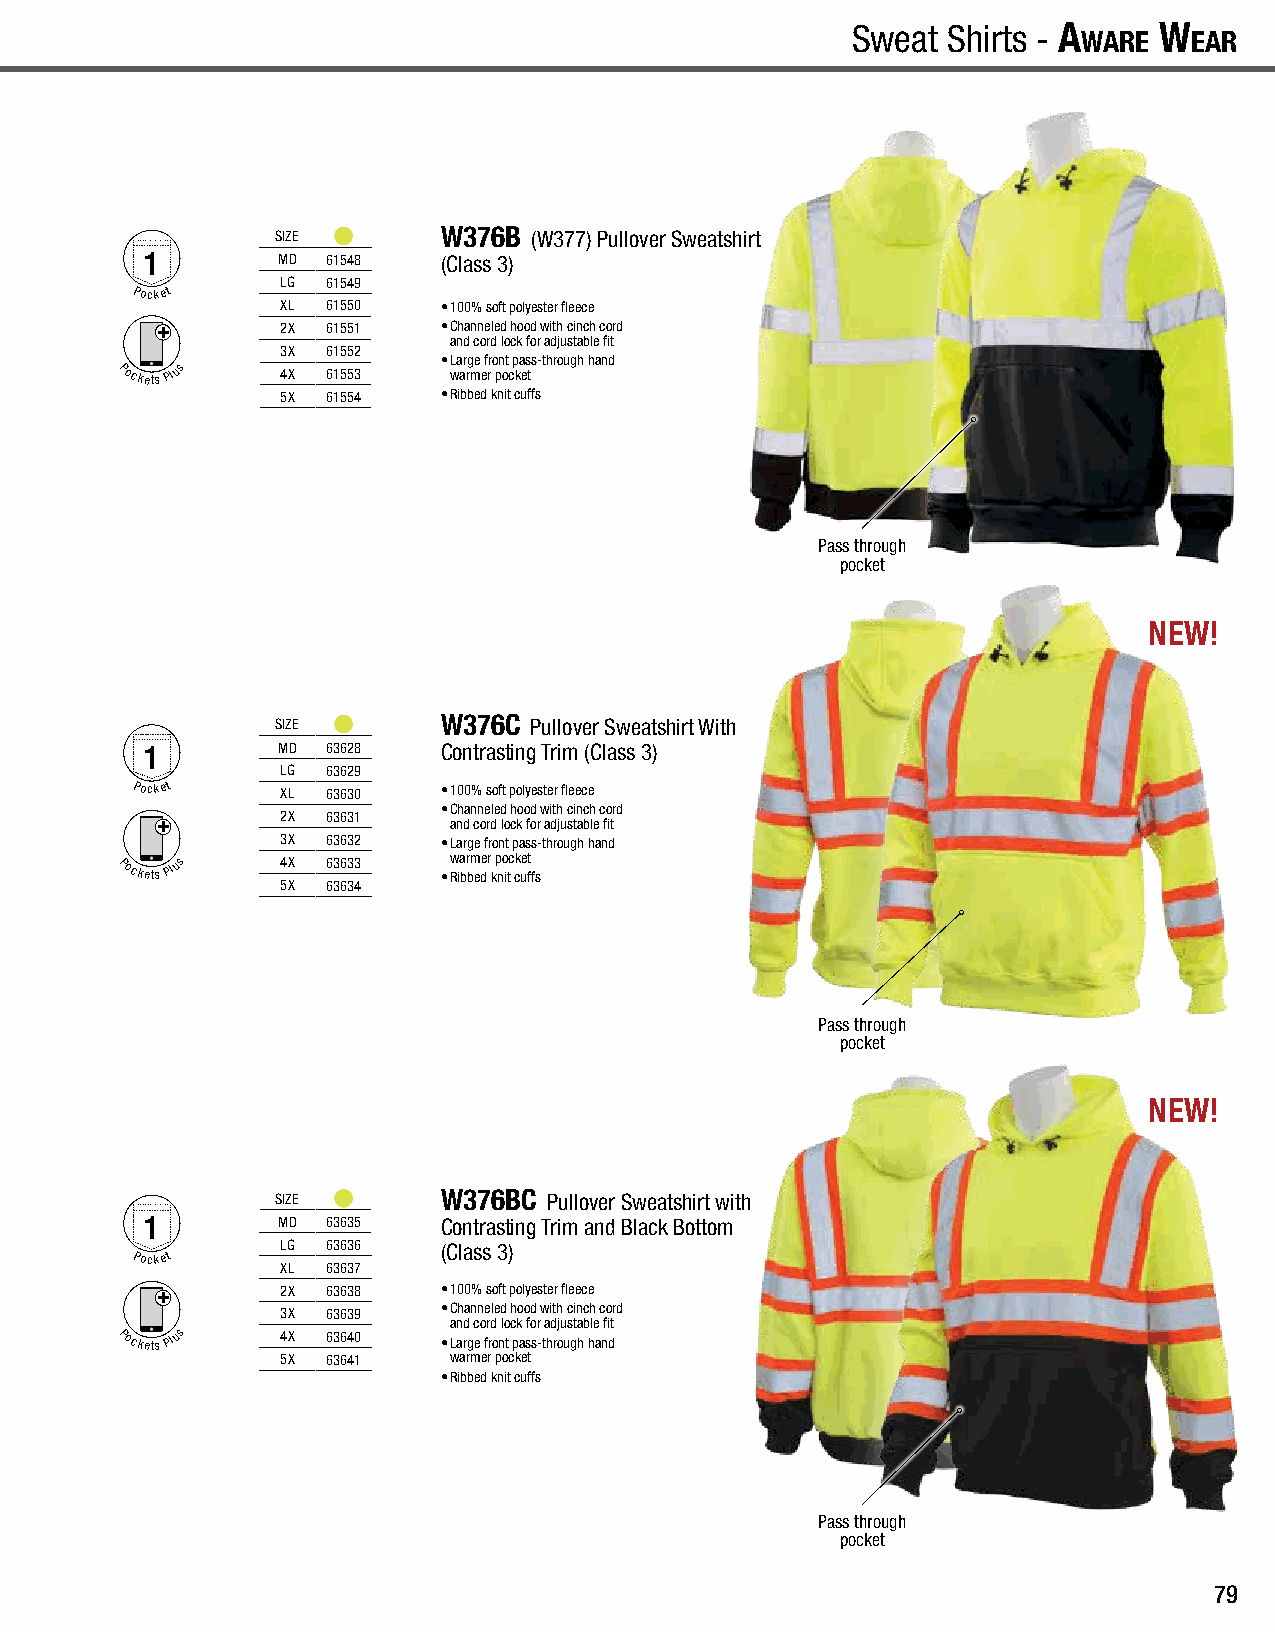
A
 wAre
 w
 eAr
 - Sweat Shirts A
 wAre
 w
 eAr
 - Cold Weather Wear | Sweat Shirts Sweat Shirts | Cold Weather Wear - A
 wAre
 w eAS rweat Shirts - A
 wAre
 w
 eAr
 SIZE       W376B (W377) Pullover Sweatshirt
 1        MD  61548  (Class 3)
 LG 61549
 Pocket
 XL 61550  • 100% soft polyester fleece
 2X 61551  • Channeled hood with cinch cord
 and cord lock for adjustable fit
 3X 61552
 • Large front pass-through hand
 Pockets Plus 4X 61553 warmer pocket
 5X 61554  • Ribbed knit cuffs
 Pass through
 pocket
 NEW!
 SIZE       W376C Pullover Sweatshirt With
 1        MD  63628  Contrasting Trim (Class 3)
 LG 63629
 Pocket    XL 63630  • 100% soft polyester fleece
 • Channeled hood with cinch cord
 2X 63631
 and cord lock for adjustable fit
 3X 63632  • Large front pass-through hand
 Pockets Plus 4X 63633
 •
 w Ria br bm eder
 k
 p no itc ck ue ft
 fs
 5X 63634
 Pass through
 pocket
 NEW!
 SIZE       W376BC Pullover Sweatshirt with
 1        MD  63635  Contrasting Trim and Black Bottom
 LG 63636  (Class 3)
 Pocket
 XL 63637
 2X 63638  • 100% soft polyester fleece
 3X 63639  • Channeled hood with cinch cord
 and cord lock for adjustable fit
 Pockets Plus 4X 63640 • Large front pass-through hand
 5X 63641   warmer pocket
 • Ribbed knit cuffs
 Pass through
 pocket
 79